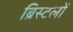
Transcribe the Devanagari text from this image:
ब्रिस्टलों